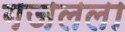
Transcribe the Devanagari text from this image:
गजलला